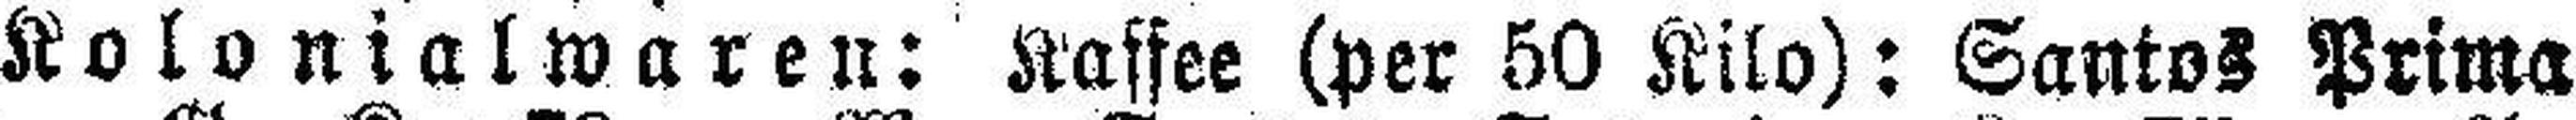
Kolonialwaren: Kaffee (per 50 Kilo): Santos Prima